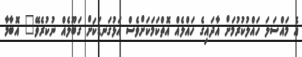
އެ މައްސަލަ ހައްލުކުރުމަށް އާދައިގެ ހައްލެއް އޮތްކަމަކަށްވެސް އަޅުގަނޑަކަށް ގަބޫލެއް ނުކުރެވޭ" އޮބާމާ